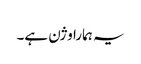
یہ ہمارا وژن ہے۔